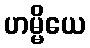
ဟမ္မိယေ